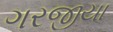
ગરજીયા